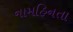
નામહિનતા